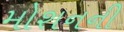
મોશનની